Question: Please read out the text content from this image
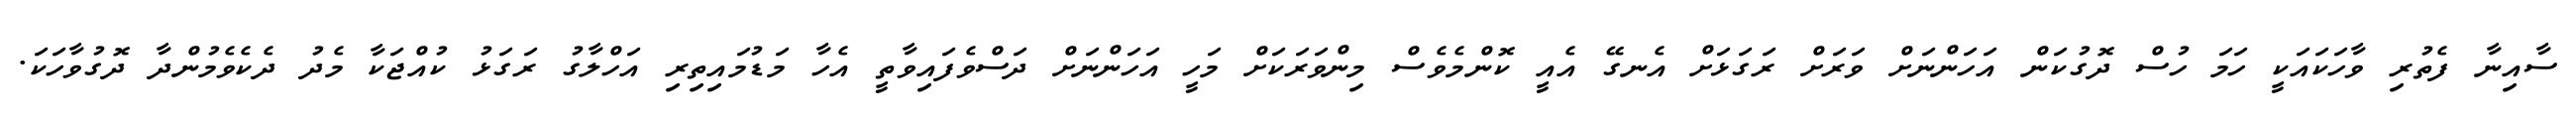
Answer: ސާއިނާ ފެތުރި ވާހަކައަކީ ހަމަ ހުސް ދޮގުކަން އަހަންނަށް ވަރަށް ރަގަޅަށް އެނގޭ އެއީ ކޮންމެވެސް މިންވަރަކަށް މަހީ އަހަންނަށް ދަސްވެފައިވާތީ އެހާ މަޑުމައިތިރި އަހްލާގު ރަގަޅު ކުއްޖަކާ މެދު ދެކެވެމުންދާ ދޮގުވާހަކަ.